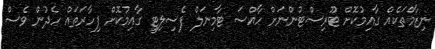
ނިޒާމްތަކެއް ގާއިމުކޮށް ޓޫރިސްޓުންނަށް ހާއްސަ ޓާމިނަލް ފެސިލިޓީ ގާއިމުކޮށް ފިހާރަތައް ހެދުން ވެސް